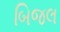
બિજલ